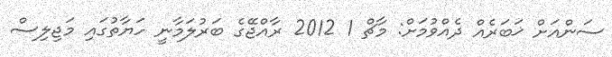
ސަންއަށް ޚަބަރެއް ދެއްވުމަށް: މާޗް 1 2012 ރާއްޖޭގެ ބަރުލަމާނީ ހަޔާތުގައި މަޖިލިސް